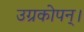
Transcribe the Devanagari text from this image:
उग्रकोपन्।